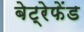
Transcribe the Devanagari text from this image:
बेट्रेफेंड